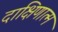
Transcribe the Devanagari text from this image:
दाक्षिणात्म